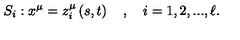
S _ { i } : x ^ { \mu } = z _ { i } ^ { \mu } \left( s , t \right) \quad , \quad i = 1 , 2 , . . . , \ell .